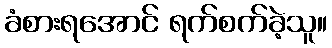
ခံစားရအောင် ရက်စက်ခဲ့သူ။